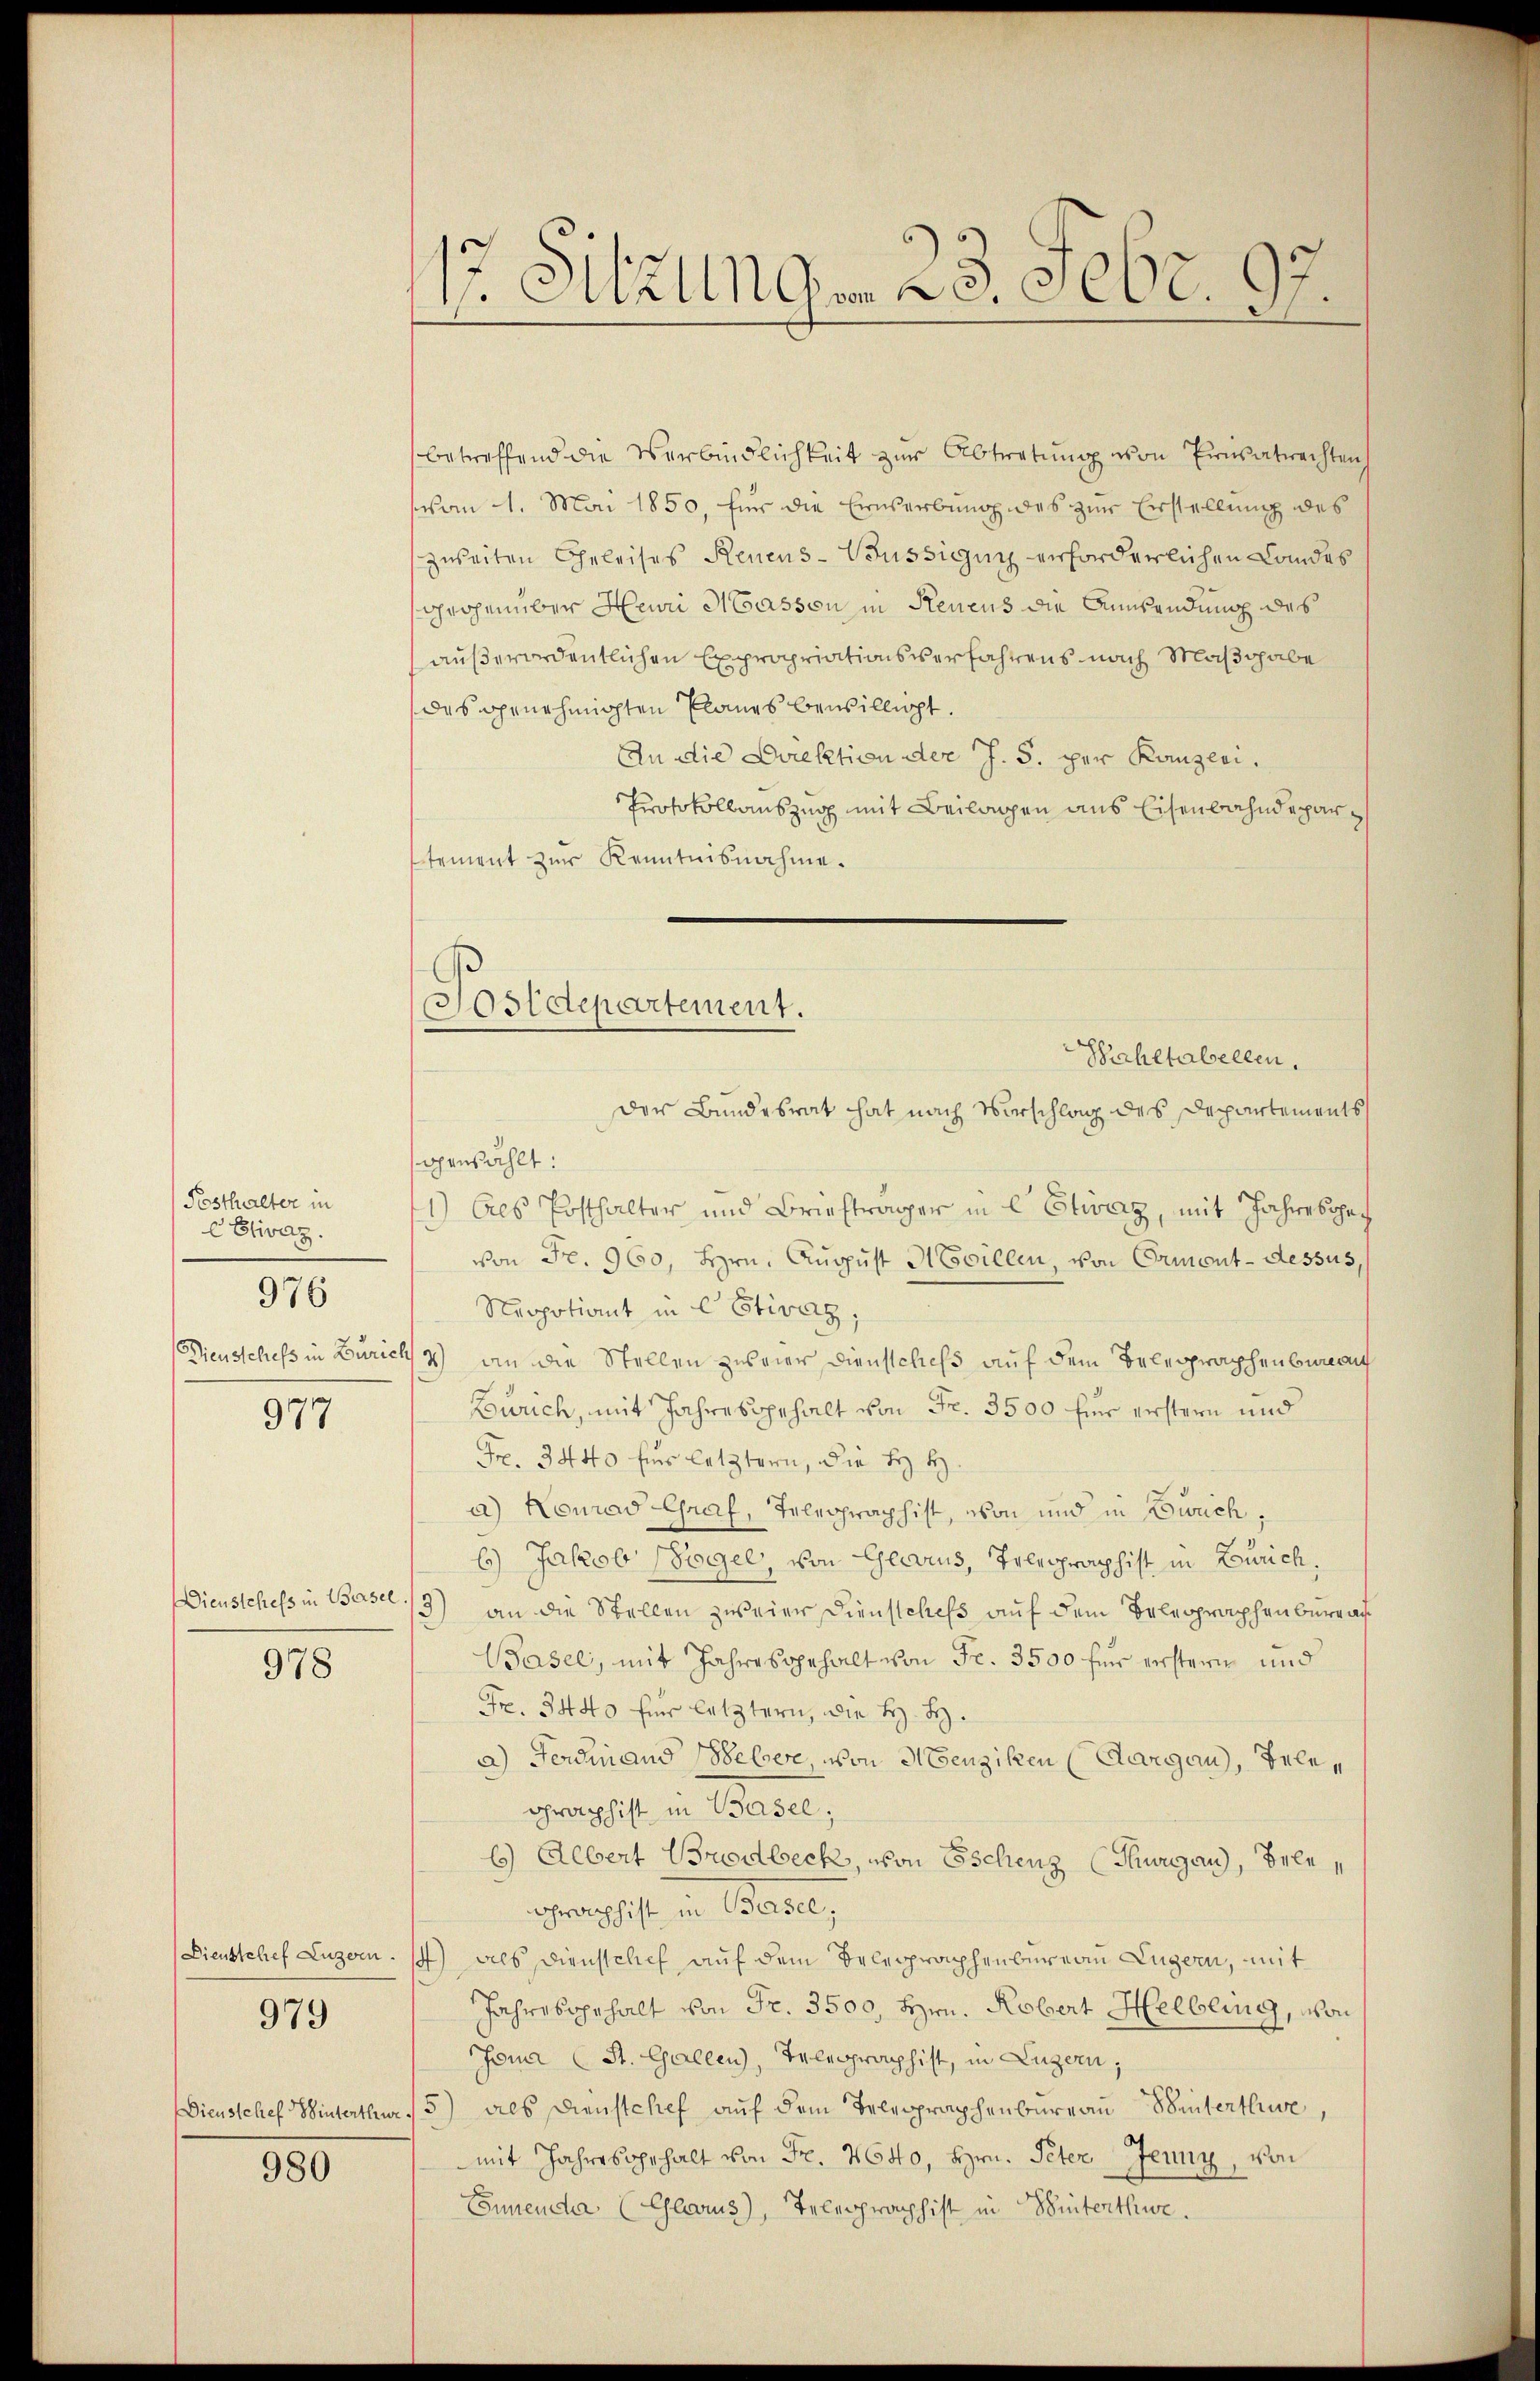
Pesthalter in
CEtivaz.
977

976

978

979

980

1r Sitzung 25. Febr. 97.

Postdepartement.
Hahltabellen.

betreffend die Verbindlichkeit zur Abtretung von Privatrechtenh
vom 1. Mai 1850, für die Einserbung des zur Erstellung des
zweiten Geleises Renens-Büssigung erforderlichen Landes
grohen über Heuri Massen in Rencus die Anwendung des
außerordentlichen Expropriationsverfahrens nach Maßgabe
des genehmigten Planes bewilligt.
An die Direktion der J. S. per Kanzlei.
Protokollauszug mit Beilagen aus Eisenbahndepar
stement zur Kenntnisnahme.
der Bundesrat hat nach Vorschlag des Departements
genzählt:
1) Als Posthalter und Briefträger in C Etivaz, mit Jahrespec
von Fr. 960, Hrn. August Mevillen, von Ormont-dessus,
Negotiant in C Etivag;
Dieustchefs in Zürich 2) an die Stellen zweier Dienstchefs auf dem Belegraphenbunau
Zürich, mit Jahresbehalt von Fr. 3500 für erstern und
Fr. 3440 fs letztern, die Hy H.
a) Konrad Graf, Telegraphist, von und in Zwech¬
6.) Jakob Vogel, von Glarus, Telegraphist in Zürich,
Dienstchefs in Basel /3) an die Stellen zweier Dienstchefs auf dem Telegraphenberga
Basel, mit Jahresgehalt von Fr. 3500 für erstern und
Fr. 3440 für letztern, die H. H.
a) Ferdinand Webere von Menziken (Aargau, Telegraphist in Basel;
6) Albert Brodbeck, von Eschenz (Thurgau), Beleohraphist in Basel,
Dienstchef Luzern. 1) als Dienstchef auf dem Belegraphenbureau Luzern, mit
Jahresgehalt von Fr. 3500, Hrn. Robert Helbling, von
Jomar (St. Gallen, Telegraphist, in Luzern,
Dienstchef Hinterthur 5) dies Dienstchef auf dem Telegraphenbureau Winterthure,
mit Jahresgehalt von Fr. 4640, Hrn. Peter Jenny, von
Ennende (Glarus), Telegraphist in Winterthue.